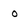
Character: o